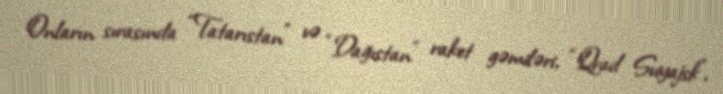
Onların sırasında “Tatarıstan” və “Dağıstan” raket gəmiləri, “Qrad Sviyajsk”,